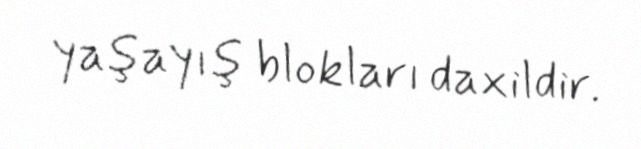
yaşayış blokları daxildir.